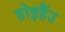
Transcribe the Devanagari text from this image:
होइहैंउ